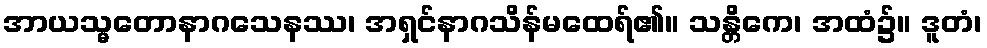
အာယသ္မတောနာဂသေနဿ၊ အရှင်နာဂသိန်မထေရ်၏။ သန္တိကေ၊ အထံ၌။ ဒူတံ၊